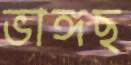
ভাঙ্গছ